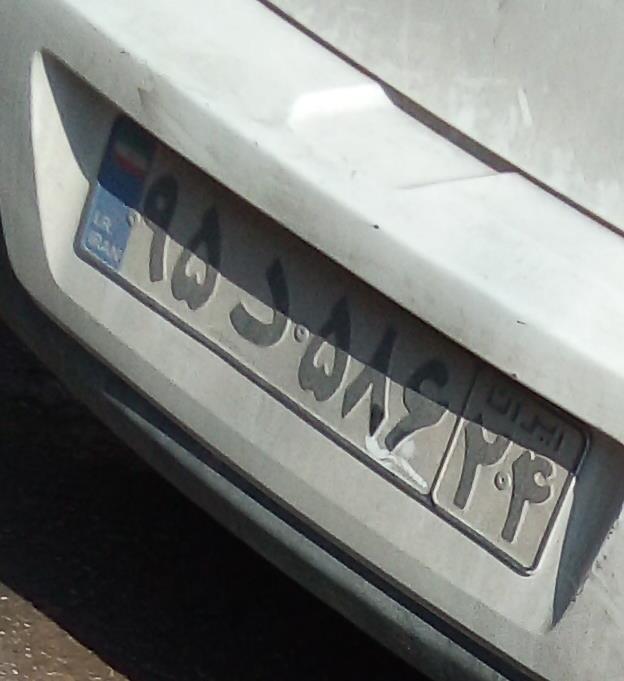
۹۵د۵۸۶۲۴